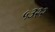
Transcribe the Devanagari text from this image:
५३२२